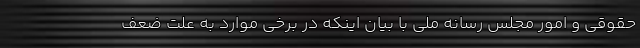
حقوقی و امور مجلس رسانه ملی با بیان اینکه در برخی موارد به علت ضعف